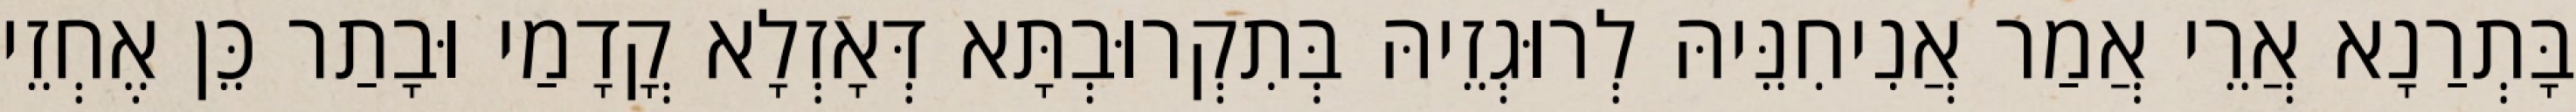
בָּתְרַנָא אֲרֵי אֲמַר אֲנִיחִנֵּיהּ לְרוּגְזֵיהּ בְּתִקְרוּבְתָּא דְּאָזְלָא קֳדָמַי וּבָתַר כֵּן אֶחְזֵי